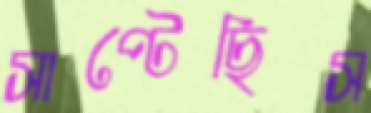
সাপ্‌টেছিস